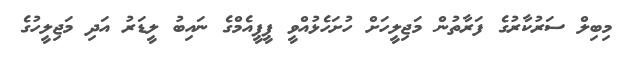
މިބިލް ސަރުކާރުގެ ފަރާތުން މަޖިލީހަށް ހުށަހެޅުއްވީ ޕީޕީއެމްގެ ނައިބު ލީޑަރު އަދި މަޖިލީހުގެ